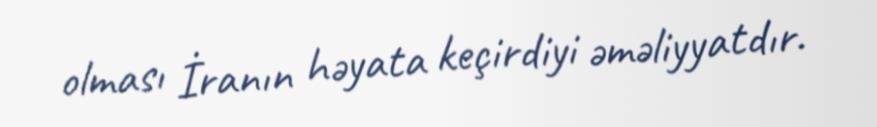
olması İranın həyata keçirdiyi əməliyyatdır.